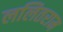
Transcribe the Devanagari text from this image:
ललितराम